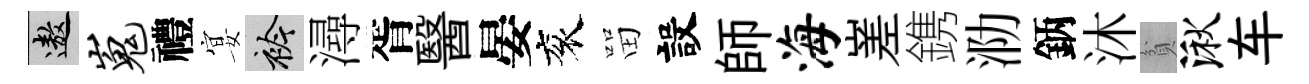
遨嵬禮宴衿潯胥醫晏衮㽞設師海嵳鎸泐鈵沐貧湫车